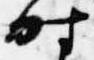
時